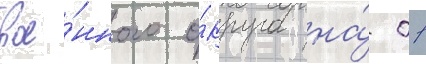
вое́нного о́круга на́ 01